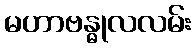
မဟာဗန္ဓုလလမ်း